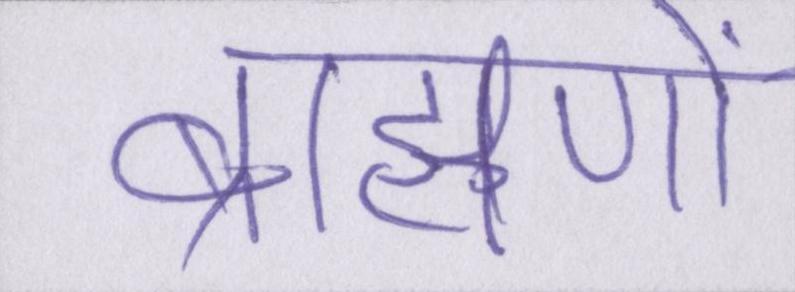
ब्राह्मणों